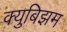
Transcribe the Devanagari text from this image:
क्युबिझम